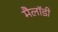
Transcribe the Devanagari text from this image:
मैलॉडी